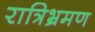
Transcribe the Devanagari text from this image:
रात्रिभ्रमण